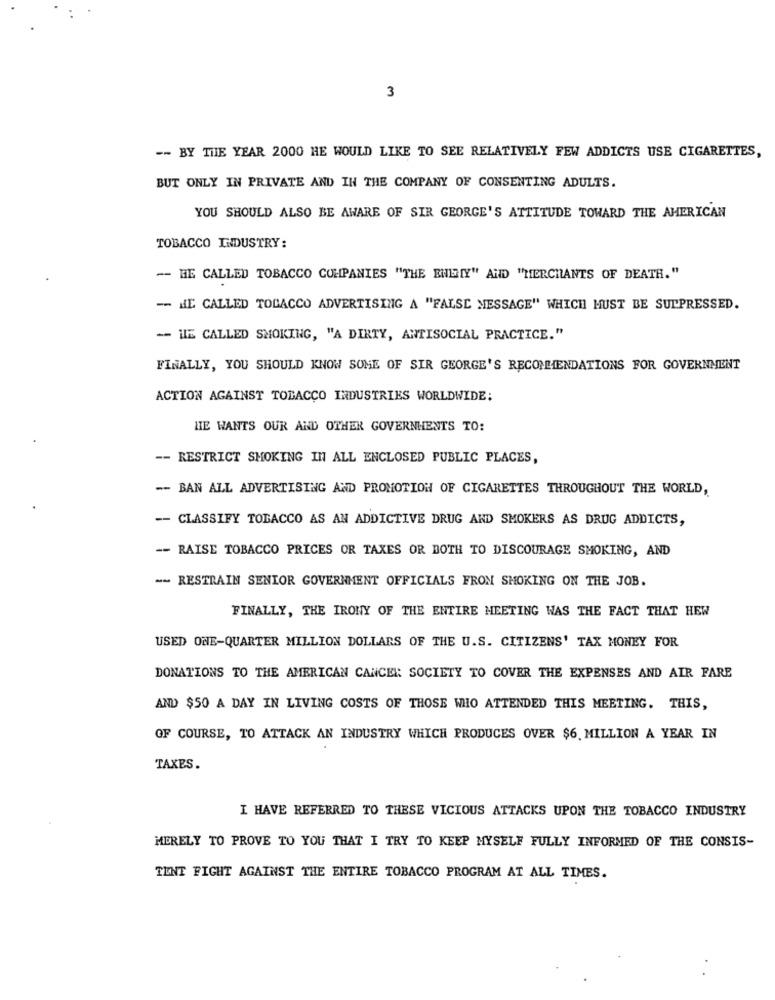
3
-- BY THE YEAR 2000 HE WOULD LIKE TO SEE RELATIVELY FEW ADDICTS USE CIGARETTES,
BUT ONLY IN PRIVATE AND IN THE COMPANY OF CONSENTING ADULTS.
YOU SHOULD ALSO BE AWARE OF SIR GEORGE'S ATTITUDE TOWARD THE AMERICAN
TOBACCO INDUSTRY:
-- HE CALLED TOBACCO COMPANIES "THE BILGIY" AND "MERCHANTS OF DEATH."
-- HE CALLED TOBACCO ADVERTISING A "FALSE MESSAGE" WHICH MUST BE SUPPRESSED.
- HE CALLED SMOKING, "A DIRTY, ANTISOCIAL PRACTICE."
FINALLY, YOU SHOULD KNOW SOME OF SIR GEORGE'S RECOMMENDATIONS FOR GOVERNMENT
ACTION AGAINST TOBACCO INDUSTRIES WORLDWIDE:
HE WANTS OUR AND OTHER GOVERNMENTS TO:
-- RESTRICT SMOKING IN ALL ENCLOSED PUBLIC PLACES,
-- BAN ALL ADVERTISING AND PROMOTION OF CIGARETTES THROUGHOUT THE WORLD,
-- CLASSIFY TOBACCO AS AN ADDICTIVE DRUG AND SMOKERS AS DRUG ADDICTS,
-- RAISE TOBACCO PRICES OR TAXES OR BOTH TO DISCOURAGE SMOKING, AND
-- RESTRAIN SENIOR GOVERNMENT OFFICIALS FROM SMOKING ON THE JOB.
FINALLY, THE IRONY OF THE ENTIRE MEETING WAS THE FACT THAT HEW
USED ONE-QUARTER MILLION DOLLARS OF THE U.S. CITIZENS' TAX MONEY FOR
DONATIONS TO THE AMERICAN CANCER SOCIETY TO COVER THE EXPENSES AND AIR FARE
AND $50 A DAY IN LIVING COSTS OF THOSE WHO ATTENDED THIS MEETING. THIS,
OF COURSE, TO ATTACK AN INDUSTRY WHICH PRODUCES OVER $6. MILLION A YEAR IN
TAXES.
I HAVE REFERRED TO THESE VICIOUS ATTACKS UPON THE TOBACCO INDUSTRY
MERELY TO PROVE TO YOU THAT I TRY TO KEEP MYSELF FULLY INFORMED OF THE CONSIS-
TENT FIGHT AGAINST THE ENTIRE TOBACCO PROGRAM AT ALL TIMES.